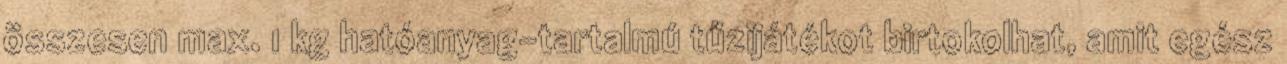
összesen max. 1 kg hatóanyag-tartalmú tűzijátékot birtokolhat, amit egész